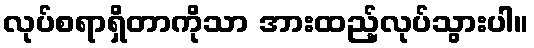
လုပ်စရာရှိတာကိုသာ အားထည့်လုပ်သွားပါ။